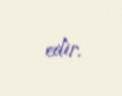
edir.